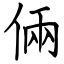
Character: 倆